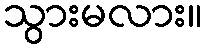
သွားမလား။